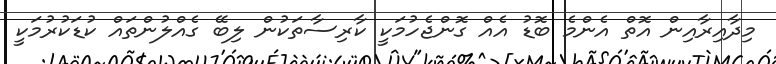
މިދާއިރާއިން އޮތް އެންމެ ބޮޑު އެއް ގޮންޖެހުމަކީ ކާރިސާތަކުން ލިބޭ ގެއްލުންތައް ކުޑަކުރުމަކީ